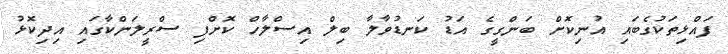
ފައްޅިތަކުގެބައި އުނިކޮށް ބަންގީގެ އަޑު ކަނޑުވާލާ ބިލް އިސްލާހް ކޮށްފި ސްރީލަންކާގައި އިދިކޮޅު